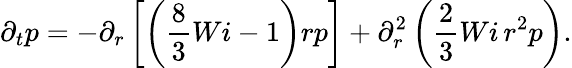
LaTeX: \partial_{t}p=-\partial_{r}\left[\left(\frac{8}{3}Wi-1\right)rp\right]+\partial_{r}^{2}\left(\frac{2}{3}Wi\, r^{2}p\right).